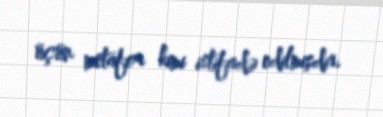
üçün metafor kimi istifadə edilmişdir.